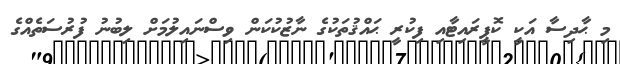
މި ޙާދިސާ އަކީ ކޮޕީރައިޓާއި ފިކުރީ ޙައްޤުތަކުގެ ނާޒުކުކަން ވިސްނައިލުމަށް ލިބުނު ފުރުސަތެއްގެ